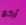
أركع